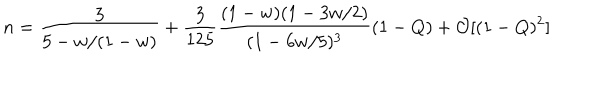
LaTeX: n = \frac { 3 } { 5 - w / ( 1 - w ) } + \frac { 3 } { 1 2 5 } \frac { ( 1 - w ) ( 1 - 3 w / 2 ) } { ( 1 - 6 w / 5 ) ^ { 3 } } ( 1 - Q ) + \mathcal { O } [ ( 1 - Q ) ^ { 2 } ]